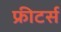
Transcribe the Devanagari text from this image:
फ्रीटर्स